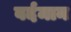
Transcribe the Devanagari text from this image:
वर्दमान